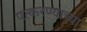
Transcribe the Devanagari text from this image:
पत्करण्याच्या